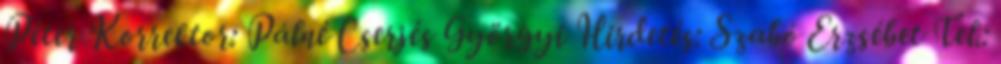
Péter Korrektor: Pálné Cserjés Györgyi Hirdetés: Szabó Erzsébet Tel.: